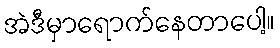
အဲဒီမှာရောက်နေတာပေါ့။